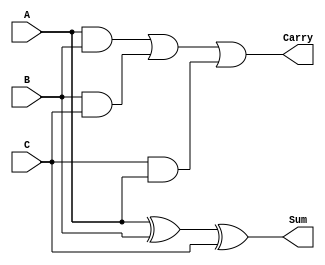
module modified_carry_save_adder #(parameter N = 8) (
    input  wire [N-1:0] A,  // First input operand
    input  wire [N-1:0] B,  // Second input operand
    input  wire [N-1:0] C,  // Third input operand
    output wire [N-1:0] Sum, // Sum output
    output wire [N-1:0] Carry // Carry output
);
    // Intermediate wires for carry generation
    wire [N-1:0] carryAB; // Carry from A and B
    wire [N-1:0] carryBC; // Carry from B and C
    wire [N-1:0] carryCA; // Carry from C and A

    // Calculate sum using XOR for each bit position
    assign Sum = A ^ B ^ C;

    // Calculate carry using AND operators
    assign carryAB = A & B;
    assign carryBC = B & C;
    assign carryCA = C & A;

    // Aggregate the carries (Using a simple OR for an n-bit result)
    assign Carry = carryAB | carryBC | carryCA;

endmodule